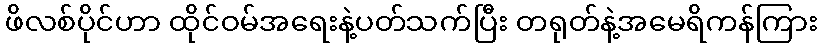
ဖိလစ်ပိုင်ဟာ ထိုင်ဝမ်အရေးနဲ့ပတ်သက်ပြီး တရုတ်နဲ့အမေရိကန်ကြား